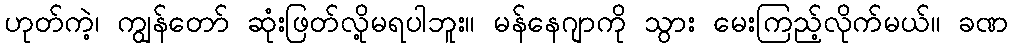
ဟုတ်ကဲ့၊ ကျွန်တော် ဆုံးဖြတ်လို့မရပါဘူး။ မန်နေဂျာကို သွား မေးကြည့်လိုက်မယ်။ ခဏ